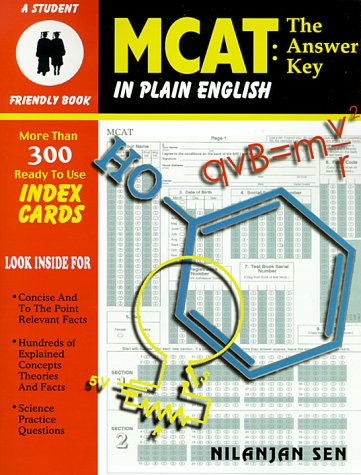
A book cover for MCAT: The Answer Key; Nilanjan Sen; Test Preparation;